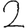
Digit: 2